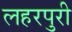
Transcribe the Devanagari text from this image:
लहरपुरी